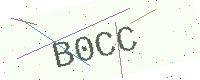
Text: B0CC